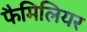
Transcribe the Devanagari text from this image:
फैमिलियर